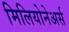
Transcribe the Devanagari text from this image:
मिलियोनेअर्स